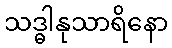
သဒ္ဓါနုသာရိနော